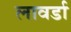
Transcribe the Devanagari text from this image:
लावर्डा